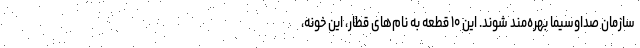
سازمان صداوسیما بهره‌مند شوند. این ۱۰ قطعه به نام‌های قطار، این خونه،